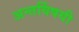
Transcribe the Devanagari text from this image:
अन्तर्विषयी